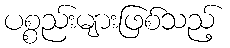
ပစ္စည်းများဖြစ်သည့်